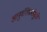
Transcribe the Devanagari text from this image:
आनुवंशिकतेमुळे